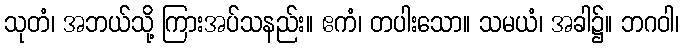
သုတံ၊ အဘယ်သို့ ကြားအပ်သနည်း။ ဧကံ၊ တပါးသော။ သမယံ၊ အခါ၌။ ဘဂဝါ၊